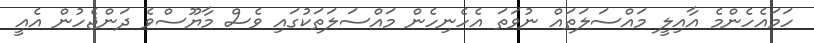
ހަމައެހެންމެ އާއިލީ މައްސަލަތައް ނުވަތަ އެހެނިހެން މައްސަލަތަކުގައި ވެސް މާޔޫސްވެ ދަންޖެހުން އެއީ